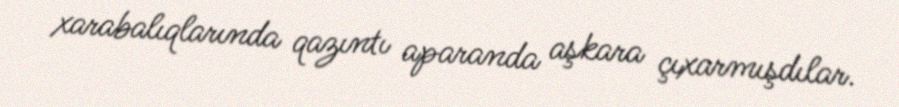
xarabalıqlarında qazıntı aparanda aşkara çıxarmışdılar.